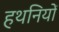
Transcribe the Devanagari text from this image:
हथनियों